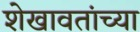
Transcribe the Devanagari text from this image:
शेखावतांच्या